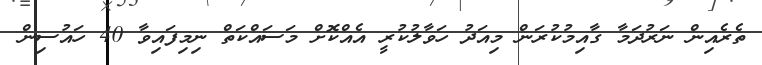
ތެރެއިން ނަރުދަމާ ގާއިމުކުރަން މިއަދު ހަވާލުކުރީ އެއްކޮށް މަަސައްކަތް ނިމިފައިވާ 40 ހައުސިން